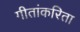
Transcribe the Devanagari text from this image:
गीतांकरिता